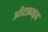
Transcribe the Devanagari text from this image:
ऑटफ्राइड